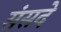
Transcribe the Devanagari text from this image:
संसदे